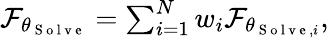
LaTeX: \begin{array}{r}{\mathcal{F}_{\theta_{\mathrm{~S~o~l~v~e~}}}=\sum_{i=1}^{N}w_{i}\mathcal{F}_{\theta_{\mathrm{~S~o~l~v~e~},i}},}\end{array}